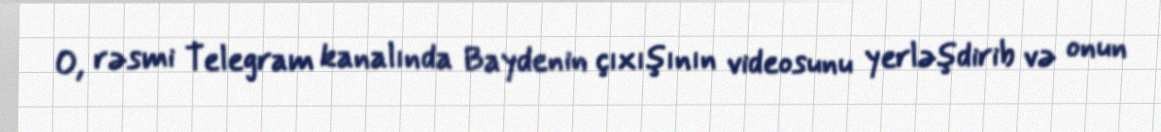
O, rəsmi Telegram kanalında Baydenin çıxışının videosunu yerləşdirib və onun